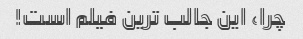
چرا، این جالب ترین فیلم است!